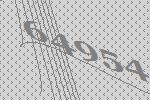
64954